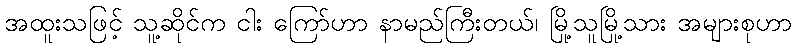
အထူးသဖြင့် သူ့ဆိုင်က ငါး ကြော်ဟာ နာမည်ကြီးတယ်၊ မြို့သူမြို့သား အများစုဟာ